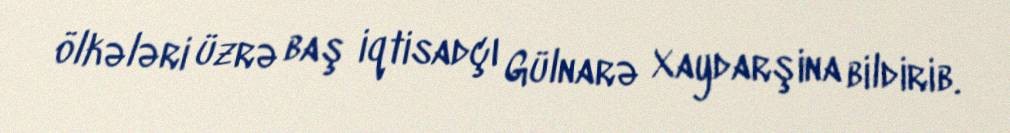
ölkələri üzrə baş iqtisadçı Gülnarə Xaydarşina bildirib.